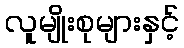
လူမျိုးစုများနှင့်